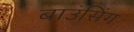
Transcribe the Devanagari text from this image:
बाउंसिंग